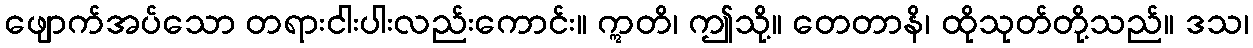
ဖျောက်အပ်သော တရားငါးပါးလည်းကောင်း။ ဣတိ၊ ဤသို့။ တေတာနိ၊ ထိုသုတ်တို့သည်။ ဒသ၊